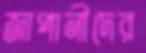
জাপানীদের